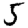
Digit: 5